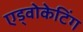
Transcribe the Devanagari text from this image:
एड्वोकेटिंग